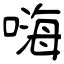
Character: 嗨